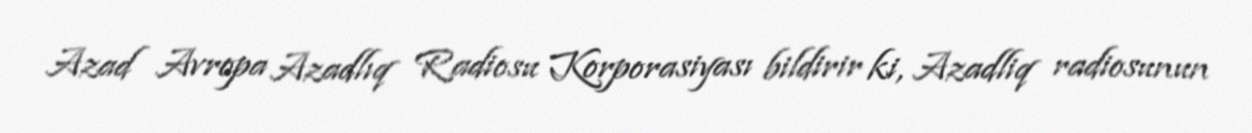
Azad Avropa Azadlıq Radiosu Korporasiyası bildirir ki, Azadliq radiosunun